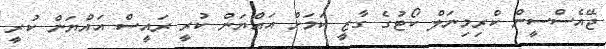
ޖޭއެސްސީން ކްރިމިނަލް ކޯޓުގެ ގާޒީ ކަމަށް އައްޔަން ކުރީ ރައީސް އައްޔަން ކުރީ